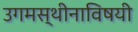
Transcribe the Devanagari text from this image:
उगमस्थीनाविषयी